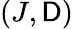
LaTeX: (J,\mathsf{D})